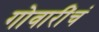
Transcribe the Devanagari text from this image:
गोवारींचं